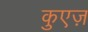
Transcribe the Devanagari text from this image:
कुएज़